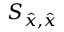
S _ { \hat { x } , \hat { x } }